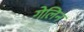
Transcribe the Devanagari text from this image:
गेलिन